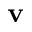
\mathbf { v }